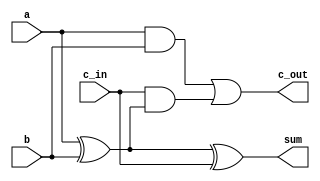
module fas(input a, input b, input c_in,
     output sum, output c_out);
    wire w1,w2,w3;
    xor x1(w1,a,b);
    xor x2(sum,w1,c_in);
    and a1(w3,c_in,w1);
    and a2(w2,a,b);
    or o1(c_out,w2,w3);
endmodule

module SUB(input [63:0] X, input [63:0] Y, output [63:0] Z, output cout);
wire [63:0] c;
wire [63:0] notb;

genvar bloc;
generate
    for(bloc = 0;bloc<64;bloc=bloc+1)
        begin: ADD
        not n1(notb[bloc],Y[bloc]);
        if(bloc==0)
            fas init (X[bloc],notb[bloc],1'b1,Z[bloc],c[bloc]);
        else
            fas subs (X[bloc],notb[bloc],c[bloc-1],Z[bloc],c[bloc]);
        end

    assign cout=c[63];
endgenerate

endmodule